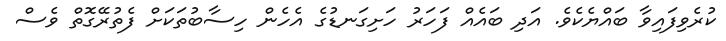
ކުރެވިފައިވާ ބައްޔެކެވެ. އަދި ބައެއް ފަހަރު ހަށިގަނޑުގެ އެހެން ހިސާބުތަކަށް ފެތުރޭގޮތް ވެސް